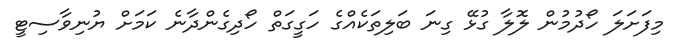
މިފަށަލަ ހޯދުމުން ލޮލާ ގުޅޭ ގިނަ ބަލިތަކެއްގެ ހަގީގަތް ހޯދިގެންދާނެ ކަމަށް ޔުނިވާސިޓީ